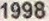
1998